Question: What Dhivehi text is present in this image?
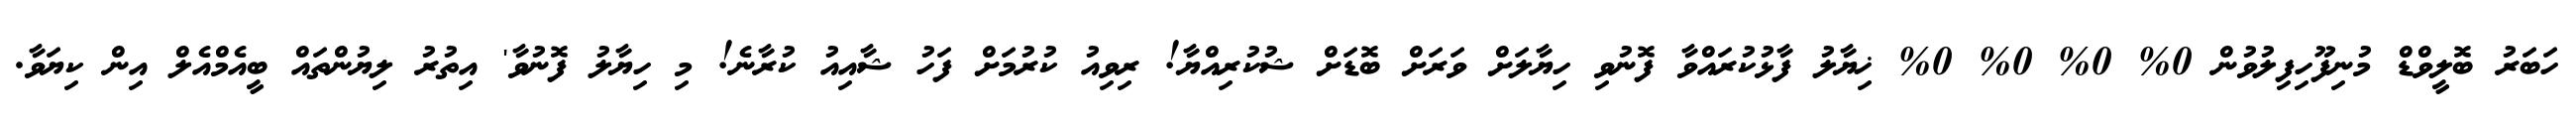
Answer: ހަބަރު ބޮލީވްޑް މުނިފޫހިފިލުވުން 0% 0% 0% 0% ޚިޔާލު ފާޅުކުރައްވާ ފޮނުވި ހިޔާލަށް ވަރަށް ބޮޑަށް ޝުކުރިއްޔާ! ރިވިއު ކުރުމަށް ފަހު ޝާއިއު ކުރާނެ! މި ހިޔާލު ފޮނުވާ' އިތުރު ލިޔުންތައް ބީއެމްއެލް އިން ކިޔަވާ.